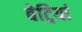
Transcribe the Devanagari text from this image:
बेट्रियां